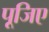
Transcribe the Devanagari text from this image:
पूजिए